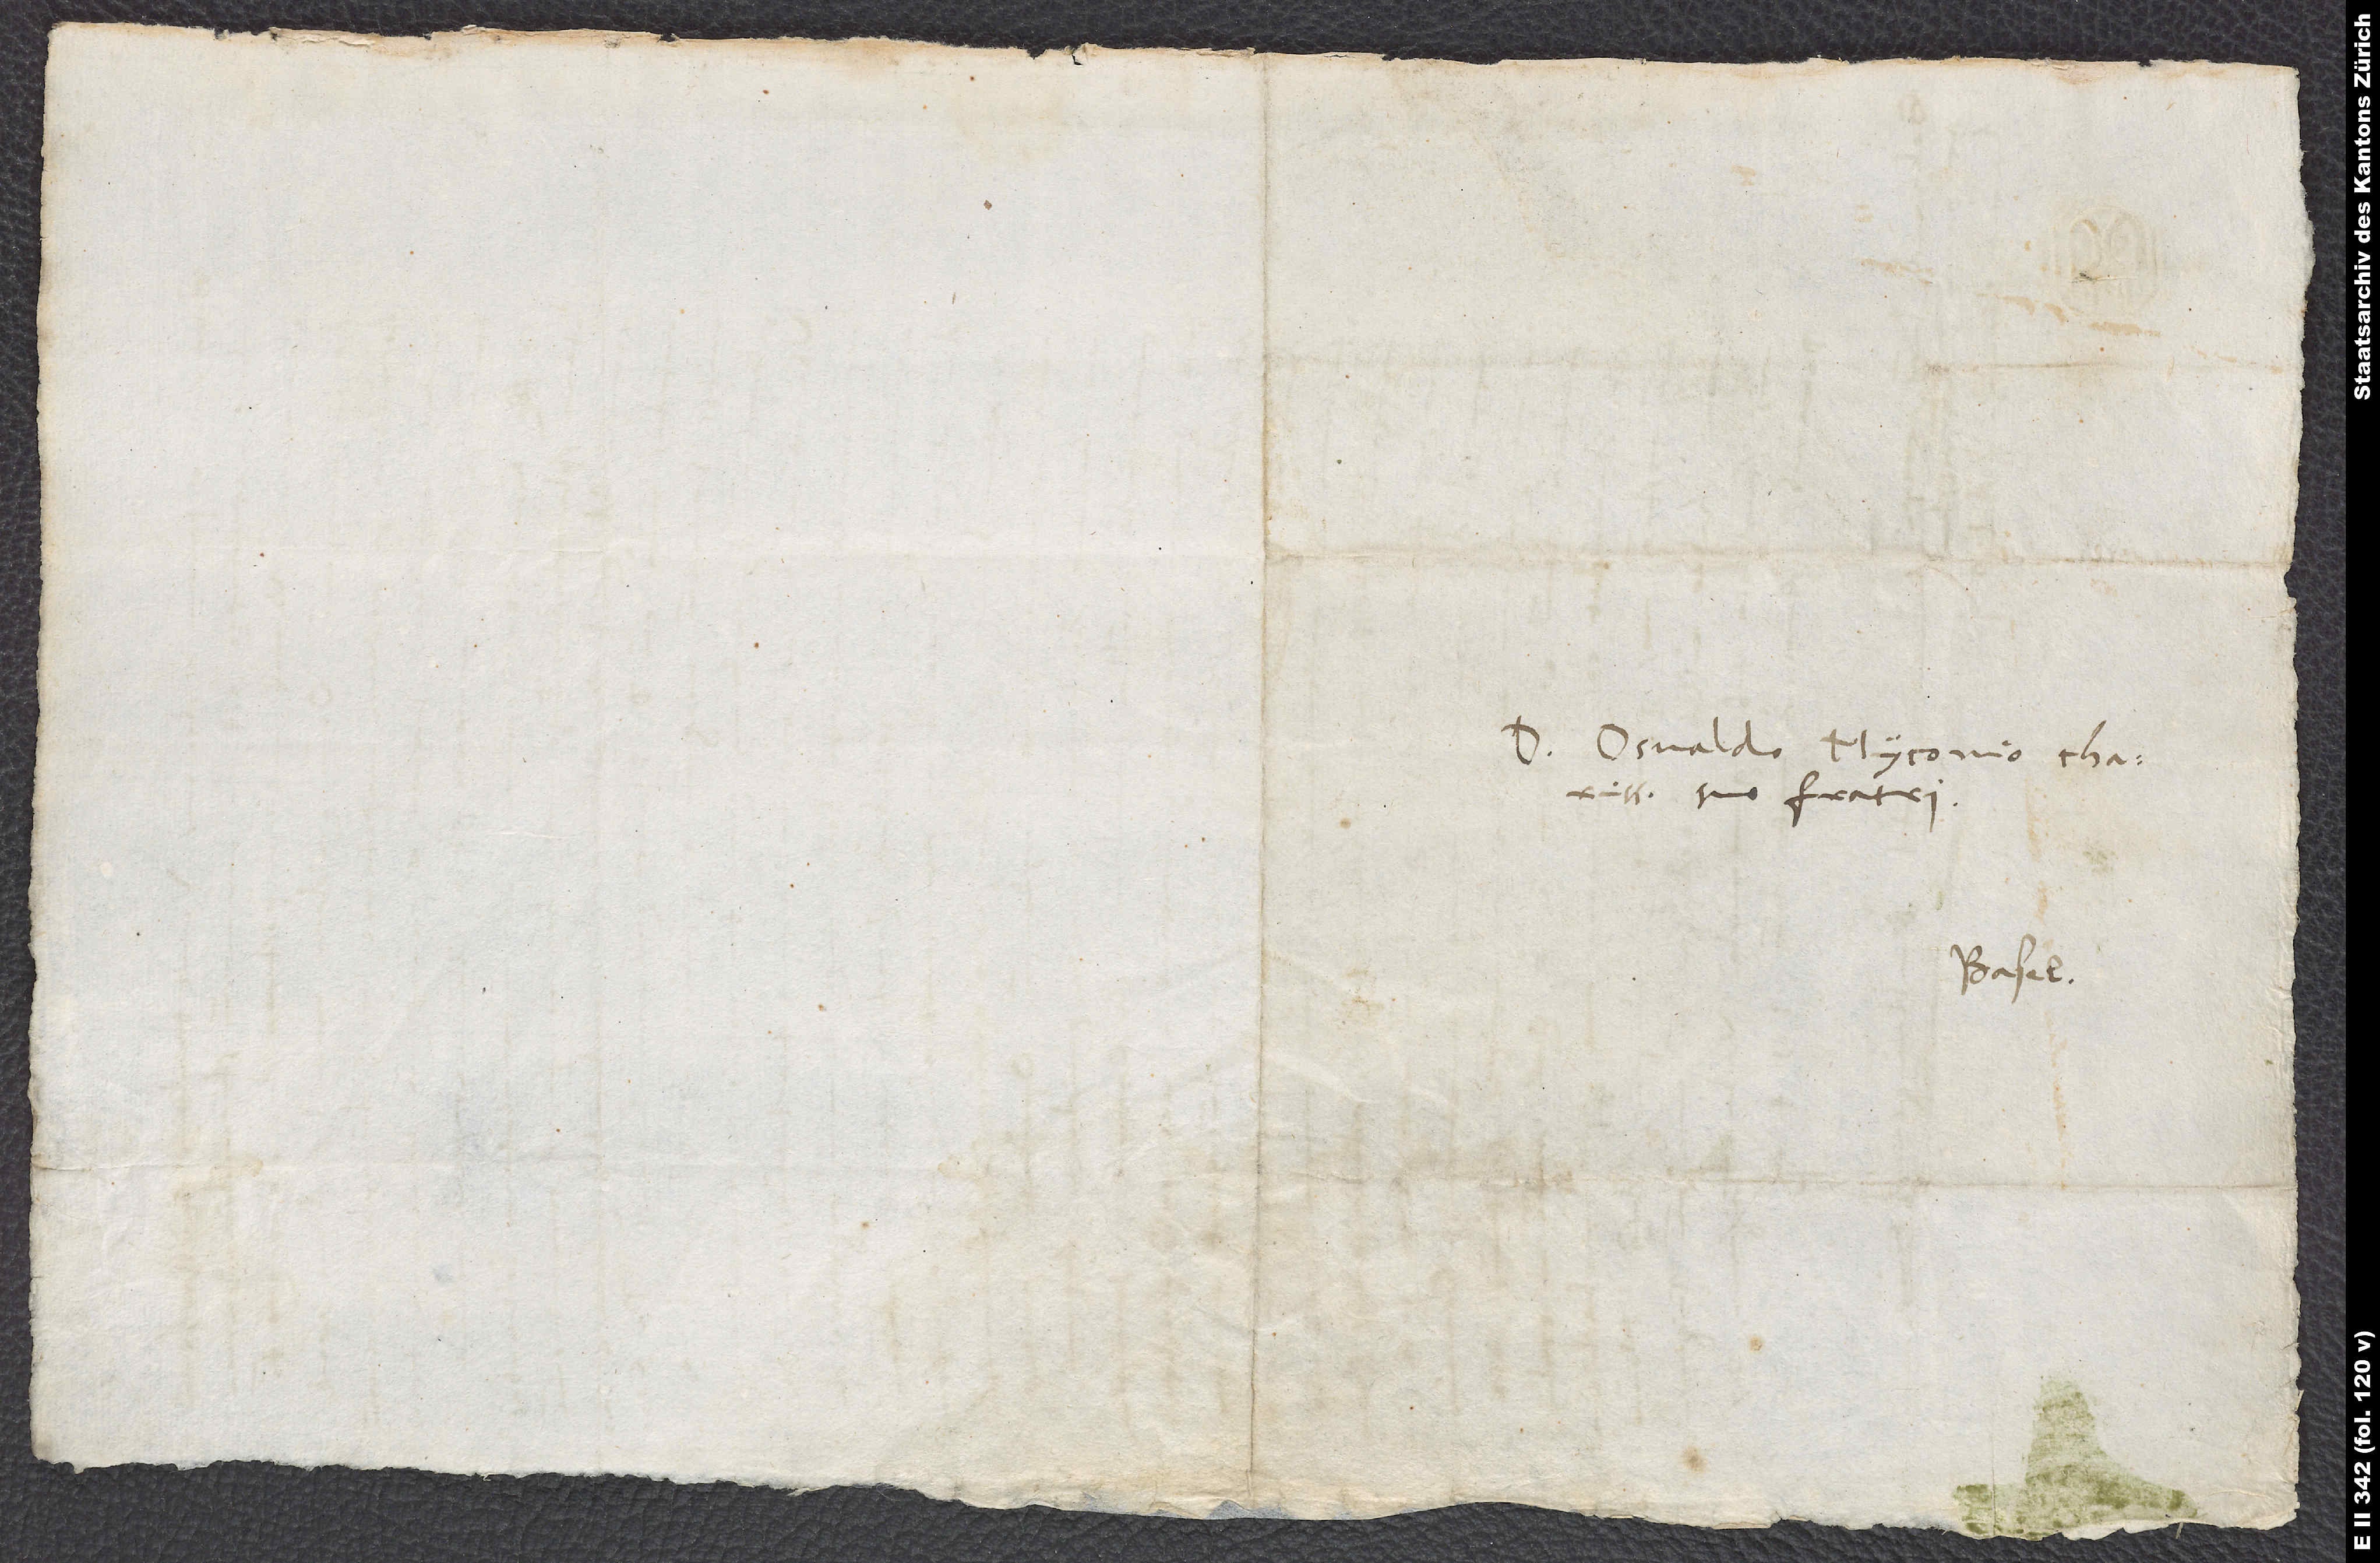
D. Osvaldo Myconio, charissimo
suo fratri.
Basel.